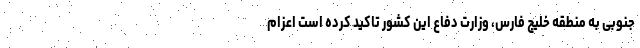
جنوبی به منطقه خلیج فارس، وزارت دفاع این کشور تاکید کرده است اعزام